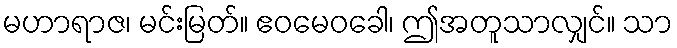
မဟာရာဇ၊ မင်းမြတ်။ ဧဝမေဝခေါ၊ ဤအတူသာလျှင်။ သာ